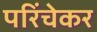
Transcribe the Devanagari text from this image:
परिंचेकर